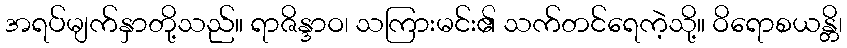
အရပ်မျက်နှာတို့သည်။ ရာဇိန္ဒာဝ၊ သကြားမင်း၏ သက်တင်ရေကဲ့သို့။ ဝိရောစယန္တိ၊